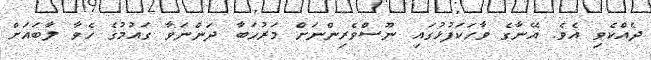
ދެއްކެވި އެވެ. އޭނާގެ ވާހަކަފުޅުގައި ނޫސްވެރިންނަށް މަރުހަބާ ދަންނަވާ ގައުމުގެ ހެވާ ލާބައަށް